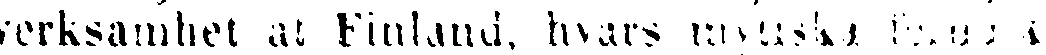
verksamhet åt Finland, hvars mytiska forndik